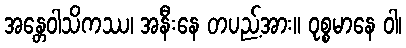
အန္တေဝါသိကဿ၊ အနီးနေ တပည့်အား။ ဝုစ္စမာနေ ဝါ၊